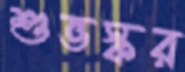
শুভস্কর